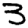
Digit: 3